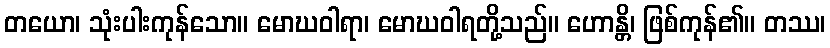
တယော၊ သုံးပါးကုန်သော။ မောဃဝါရာ၊ မောဃဝါရတို့သည်။ ဟောန္တိ၊ ဖြစ်ကုန်၏။ တဿ၊